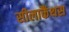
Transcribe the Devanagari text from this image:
सीलाकैंथस